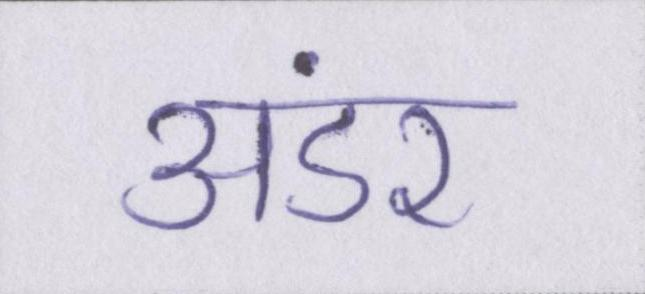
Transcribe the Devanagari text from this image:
अंडर